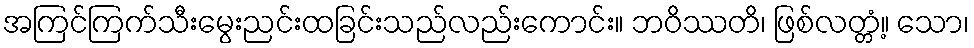
အကြင်ကြက်သီးမွေးညင်းထခြင်းသည်လည်းကောင်း။ ဘဝိဿတိ၊ ဖြစ်လတ္တံ့။ သော၊